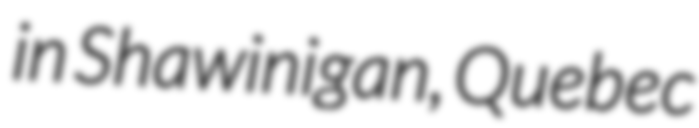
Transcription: in Shawinigan, Quebec